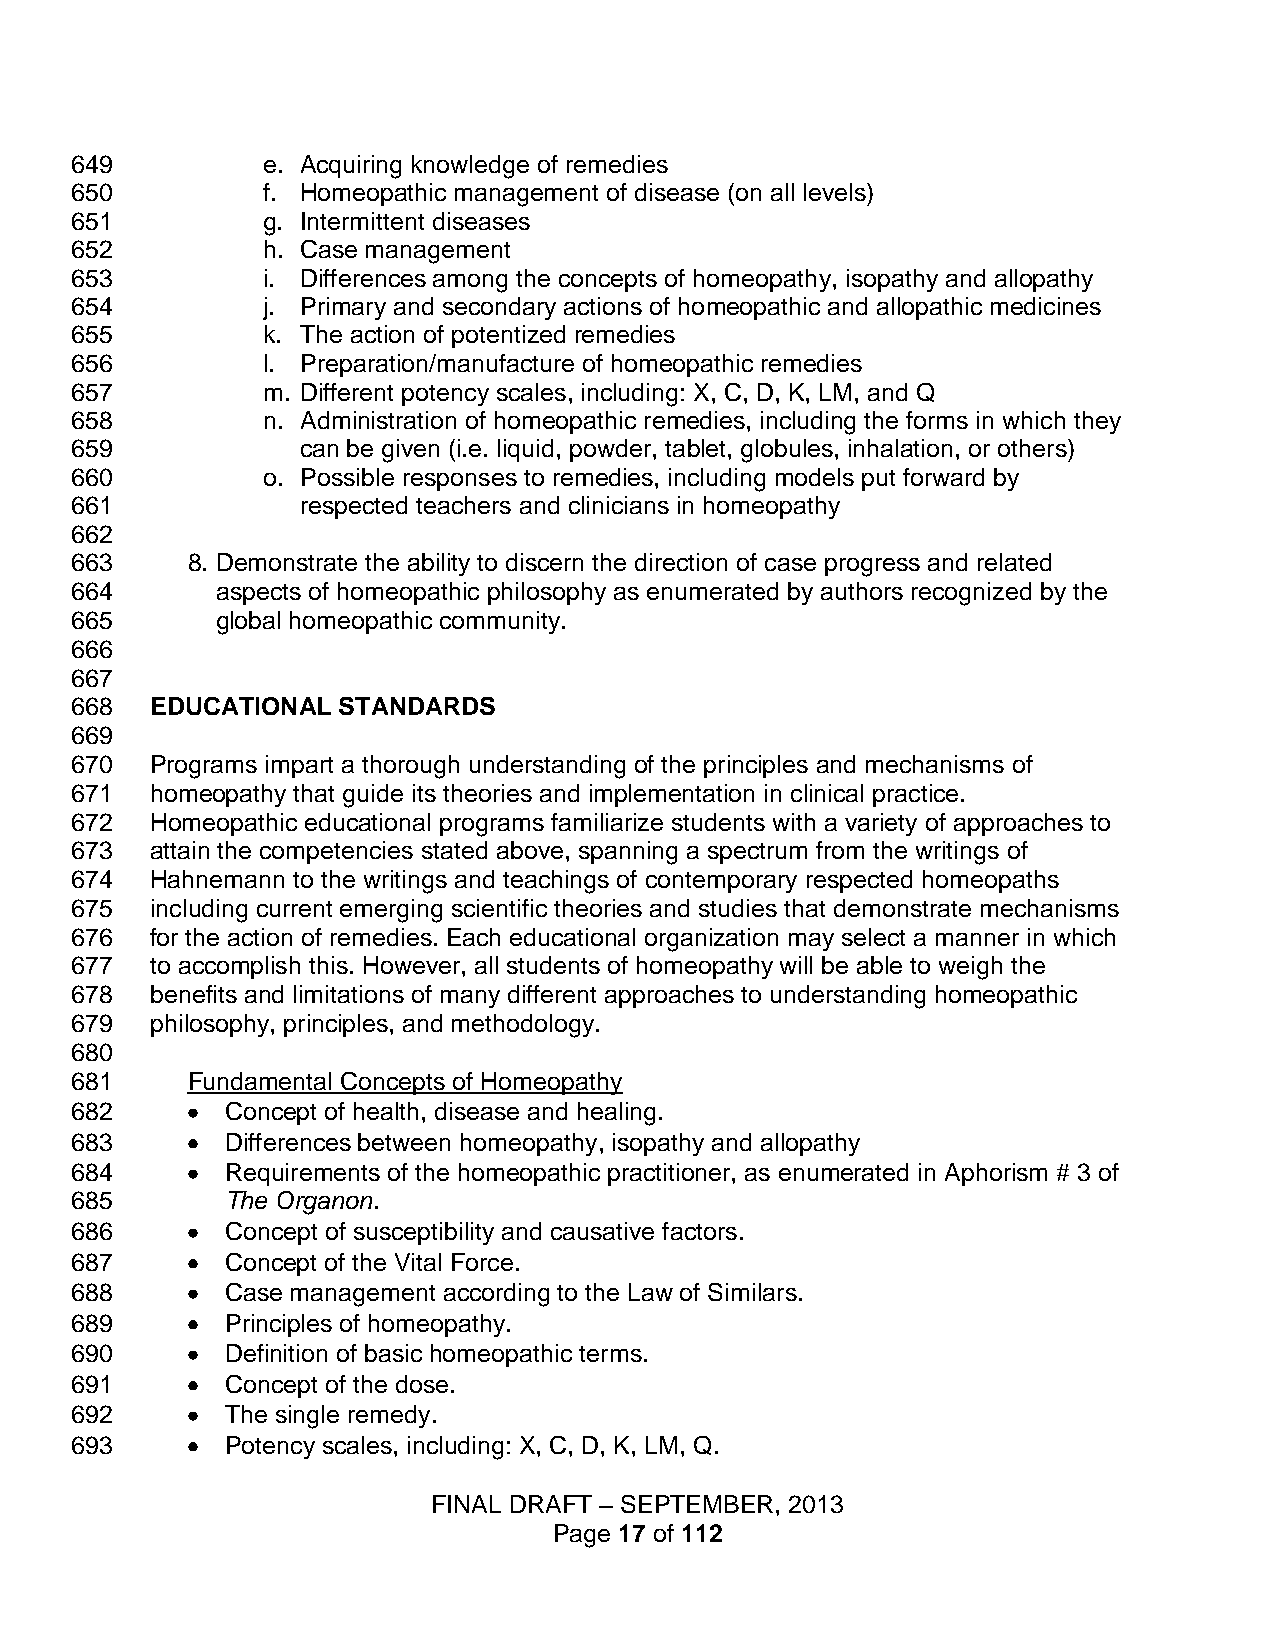
649         e. Acquiring knowledge of remedies
 650         f. Homeopathic management of disease (on all levels)
 651         g. Intermittent diseases
 652         h. Case management
 653         i. Differences among the concepts of homeopathy, isopathy and allopathy
 654         j. Primary and secondary actions of homeopathic and allopathic medicines
 655         k. The action of potentized remedies
 656         l. Preparation/manufacture of homeopathic remedies
 657         m. Different potency scales, including: X, C, D, K, LM, and Q
 658         n. Administration of homeopathic remedies, including the forms in which they
 659            can be given (i.e. liquid, powder, tablet, globules, inhalation, or others)
 660         o. Possible responses to remedies, including models put forward by
 661            respected teachers and clinicians in homeopathy
 662
 663    8. Demonstrate the ability to discern the direction of case progress and related
 664      aspects of homeopathic philosophy as enumerated by authors recognized by the
 665      global homeopathic community.
 666
 667
 668  EDUCATIONAL STANDARDS
 669
 670  Programs impart a thorough understanding of the principles and mechanisms of
 671  homeopathy that guide its theories and implementation in clinical practice.
 672  Homeopathic educational programs familiarize students with a variety of approaches to
 673  attain the competencies stated above, spanning a spectrum from the writings of
 674  Hahnemann to the writings and teachings of contemporary respected homeopaths
 675  including current emerging scientific theories and studies that demonstrate mechanisms
 676  for the action of remedies. Each educational organization may select a manner in which
 677  to accomplish this. However, all students of homeopathy will be able to weigh the
 678  benefits and limitations of many different approaches to understanding homeopathic
 679  philosophy, principles, and methodology.
 680
 681    Fundamental Concepts of Homeopathy
 682       Concept of health, disease and healing.
 683       Differences between homeopathy, isopathy and allopathy
 684       Requirements of the homeopathic practitioner, as enumerated in Aphorism # 3 of
 685       The Organon.
 686       Concept of susceptibility and causative factors.
 687       Concept of the Vital Force.
 688       Case management according to the Law of Similars.
 689       Principles of homeopathy.
 690       Definition of basic homeopathic terms.
 691       Concept of the dose.
 692       The single remedy.
 693       Potency scales, including: X, C, D, K, LM, Q.
 FINAL DRAFT – SEPTEMBER, 2013
 Page 17 of 112